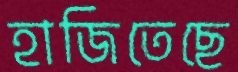
হাজিতেছে